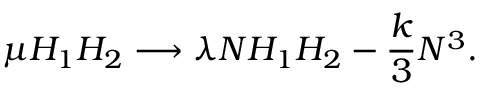
\mu H _ { 1 } H _ { 2 } \longrightarrow \lambda N H _ { 1 } H _ { 2 } - { \frac { k } { 3 } } N ^ { 3 } .